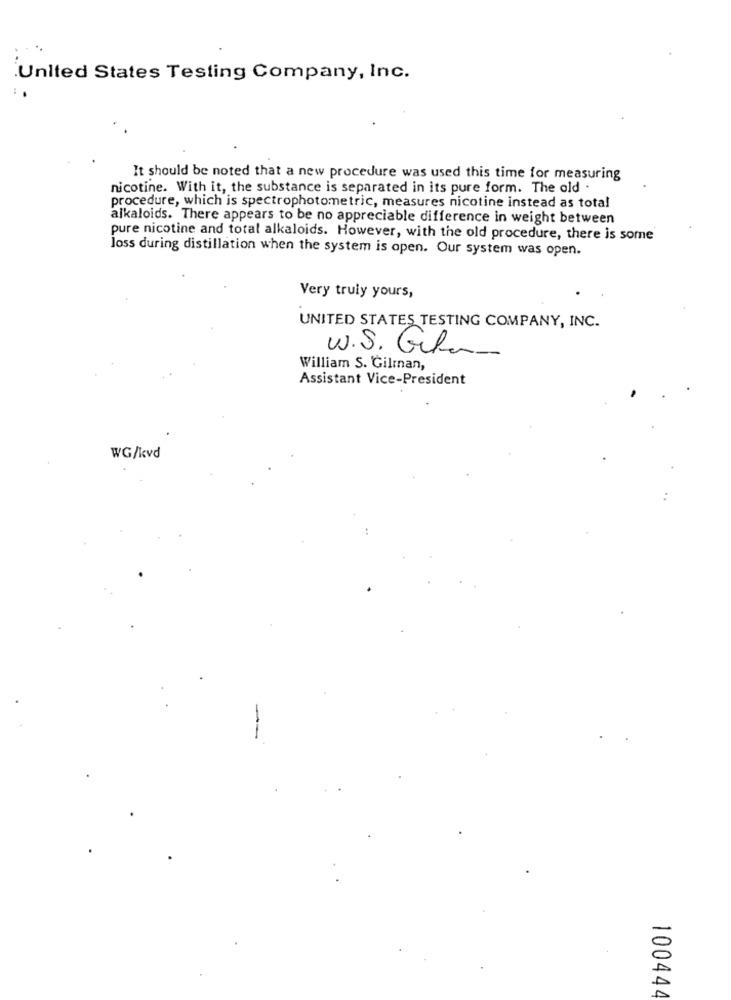
United States Testing Company, Inc.
It should be noted that a new procedure was used this time for measuring
nicotine. With it, the substance is separated in its pure form. The old .
procedure, which is spectrophotometric, measures nicotine instead as total
alkaloids. There appears to be no appreciable difference in weight between
pure nicotine and total alkaloids. However, with the old procedure, there is some
Joss during distillation when the system is open. Our system was open.
Very truly yours,
UNITED STATES TESTING COMPANY, INC.
U.S. Gila
William S. Gilman,
Assistant Vice-President
WG/kvd
100444